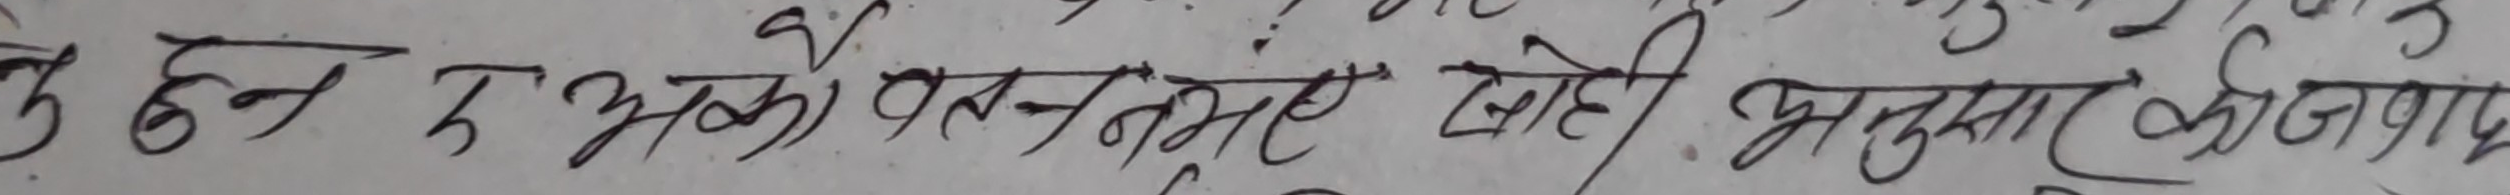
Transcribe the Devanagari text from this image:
कहन काः यसनतहरः जोही अनुसार आज्ञाप